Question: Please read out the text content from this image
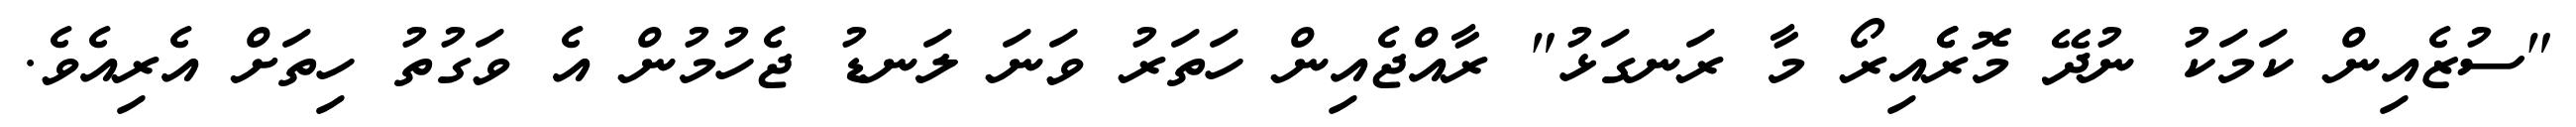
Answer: "ސުޒެއިން ކަމަކު ނުދޭ މޮރެެއިރޯ މާ ރަނގަޅު" ރާއްޖެއިން ހަތަރު ވަނަ ލަނޑު ޖެހުމުން އެ ވަގުތު ހިތަށް އެރިއެވެ.